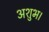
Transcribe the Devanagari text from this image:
अशुभ।